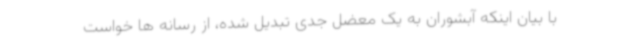
با بیان اینکه آبشوران به یک معضل جدی تبدیل شده، از رسانه ها خواست